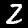
Digit: 2